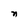
Character: n